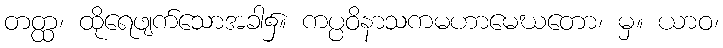
တတ္ထ၊ ထိုရေဖျက်သောအခါ၌။ ကပ္ပဝိနာသကမဟာမေဃတော၊ မှ။ ယာဝ၊